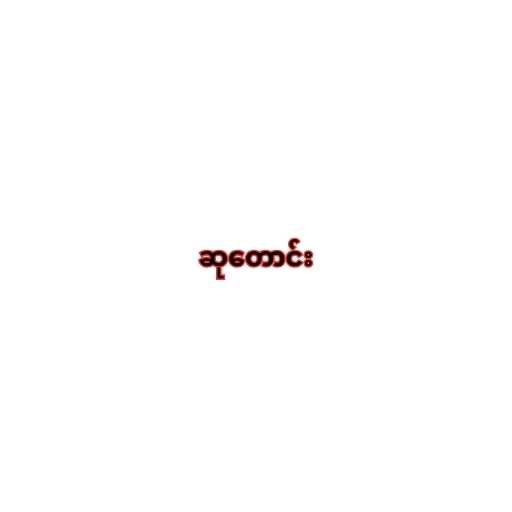
ဆုတောင်း